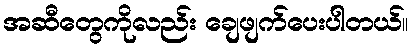
အဆီတွေကိုလည်း ချေဖျက်ပေးပါတယ်။